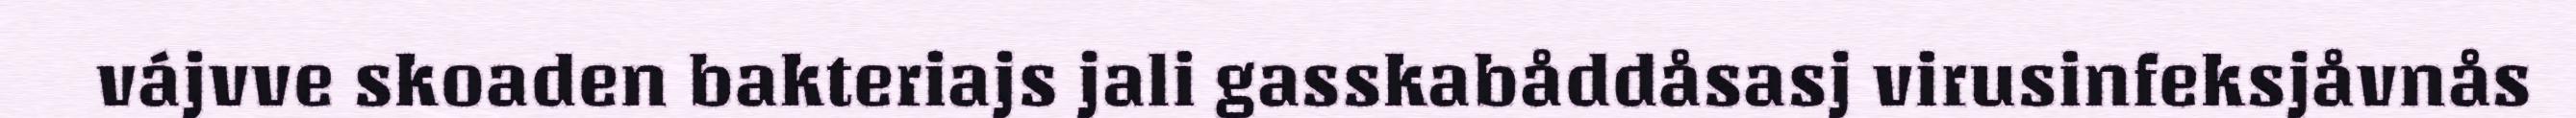
vájvve skoaden bakteriajs jali gasskabåddåsasj virusinfeksjåvnås